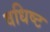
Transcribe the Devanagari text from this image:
वधिष्ट